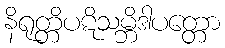
နိရုတ္တိပဋိသမ္ဘိဒါပတ္တော